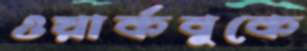
ওয়ার্কবুকে